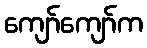
ကျော်ကျော်က